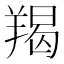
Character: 羯